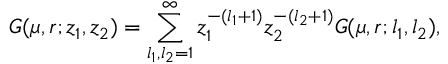
G ( \mu , r ; z _ { 1 } , z _ { 2 } ) = \sum _ { l _ { 1 } , l _ { 2 } = 1 } ^ { \infty } z _ { 1 } ^ { - ( l _ { 1 } + 1 ) } z _ { 2 } ^ { - ( l _ { 2 } + 1 ) } G ( \mu , r ; l _ { 1 } , l _ { 2 } ) ,